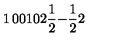
\begin{matrix} { 1 } & { 0 } & { 0 } \\ { 1 } & { 0 } & { 2 } \\ { { \frac { 1 } { 2 } } } & { - { \frac { 1 } { 2 } } } & { { 2 } } \\ \end{matrix}